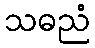
သဓညံ